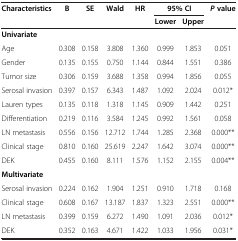
<table><thead><tr><td><b>Characteristics</b></td><td><b>B</b></td><td><b>SE</b></td><td><b>Wald</b></td><td><b>HR</b></td><td colspan="2"><b>95% CI</b></td><td><b><i>P </i>value</b></td></tr><tr><td><b> </b></td><td><b> </b></td><td><b> </b></td><td><b> </b></td><td><b> </b></td><td><b>Lower</b></td><td><b>Upper</b></td><td><b> </b></td></tr></thead><tbody><tr><td colspan="8"><b>Univariate</b></td></tr><tr><td>Age</td><td>0.308</td><td>0.158</td><td>3.808</td><td>1.360</td><td>0.999</td><td>1.853</td><td>0.051</td></tr><tr><td>Gender</td><td>0.135</td><td>0.155</td><td>0.750</td><td>1.144</td><td>0.844</td><td>1.551</td><td>0.386</td></tr><tr><td>Tumor size</td><td>0.306</td><td>0.159</td><td>3.688</td><td>1.358</td><td>0.994</td><td>1.856</td><td>0.055</td></tr><tr><td>Serosal invasion</td><td>0.397</td><td>0.157</td><td>6.343</td><td>1.487</td><td>1.092</td><td>2.024</td><td>0.012*</td></tr><tr><td>Lauren types</td><td>0.135</td><td>0.118</td><td>1.318</td><td>1.145</td><td>0.909</td><td>1.442</td><td>0.251</td></tr><tr><td>Differentiation</td><td>0.219</td><td>0.116</td><td>3.584</td><td>1.245</td><td>0.992</td><td>1.561</td><td>0.058</td></tr><tr><td>LN metastasis</td><td>0.556</td><td>0.156</td><td>12.712</td><td>1.744</td><td>1.285</td><td>2.368</td><td>0.000**</td></tr><tr><td>Clinical stage</td><td>0.810</td><td>0.160</td><td>25.619</td><td>2.247</td><td>1.642</td><td>3.074</td><td>0.000**</td></tr><tr><td>DEK</td><td>0.455</td><td>0.160</td><td>8.111</td><td>1.576</td><td>1.152</td><td>2.155</td><td>0.004**</td></tr><tr><td colspan="8"><b>Multivariate</b></td></tr><tr><td>Serosal invasion</td><td>0.224</td><td>0.162</td><td>1.904</td><td>1.251</td><td>0.910</td><td>1.718</td><td>0.168</td></tr><tr><td>Clinical stage</td><td>0.608</td><td>0.167</td><td>13.187</td><td>1.837</td><td>1.323</td><td>2.551</td><td>0.000**</td></tr><tr><td>LN metastasis</td><td>0.399</td><td>0.159</td><td>6.272</td><td>1.490</td><td>1.091</td><td>2.036</td><td>0.012*</td></tr><tr><td>DEK</td><td>0.352</td><td>0.163</td><td>4.671</td><td>1.422</td><td>1.033</td><td>1.956</td><td>0.031*</td></tr></tbody></table>